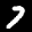
Label: 7